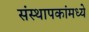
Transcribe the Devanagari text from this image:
संस्थापकांमध्ये